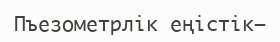
Пъезометрлік еңістік—